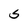
Character: S